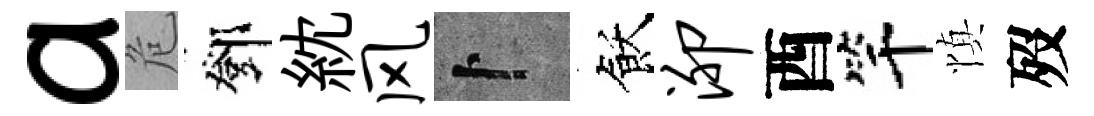
a危鄧紞风卜飫泖酉竿慎歿